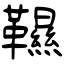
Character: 韅